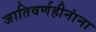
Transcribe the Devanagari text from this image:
जातिवर्णहीनांना